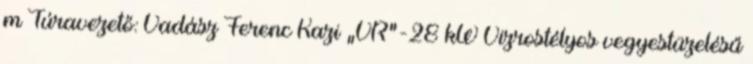
m Túravezető: Vadász Ferenc Kazi „VR”-28 kW Vizrostélyos vegyestüzelésű